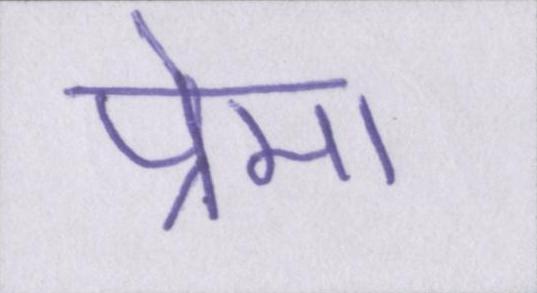
प्रेमा